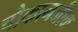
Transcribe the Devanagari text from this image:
चौकानजीक